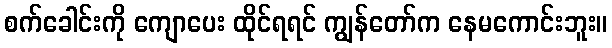
စက်ခေါင်းကို ကျောပေး ထိုင်ရရင် ကျွန်တော်က နေမကောင်းဘူး။